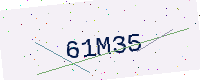
Text: 61M35